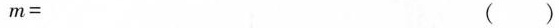
$$m =$$ ( )